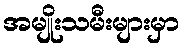
အမျိုးသမီးများမှာ